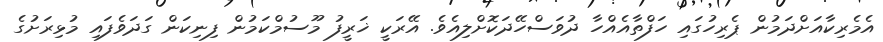
އެމެރިކާއަށްދަމުން ޕެރިހުގައި ހަފްތާއެއްހާ ދުވަސްހޭދަކޮށްލިއެވެ. އޭރަކީ ޚަރީފު މޫސުމްކަމުން ފިނިކަން ގަދަވެފައި މުޅިރަށުގެ